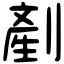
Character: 剷